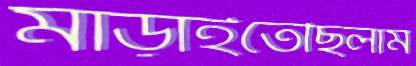
মাড়াইতেছিলাম